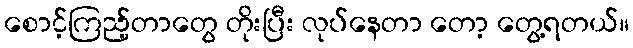
စောင့်ကြည့်တာတွေ တိုးပြီး လုပ်နေတာ တော့ တွေ့ရတယ်။